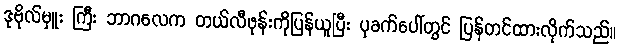
ဒုဗိုလ်မှူး ကြီး ဘာဂလေက တယ်လီဖုန်းကိုပြန်ယူပြီး ပုခက်ပေါ်တွင် ပြန်တင်ထားလိုက်သည်။